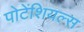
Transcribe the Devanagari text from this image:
पोटेंशियल्स